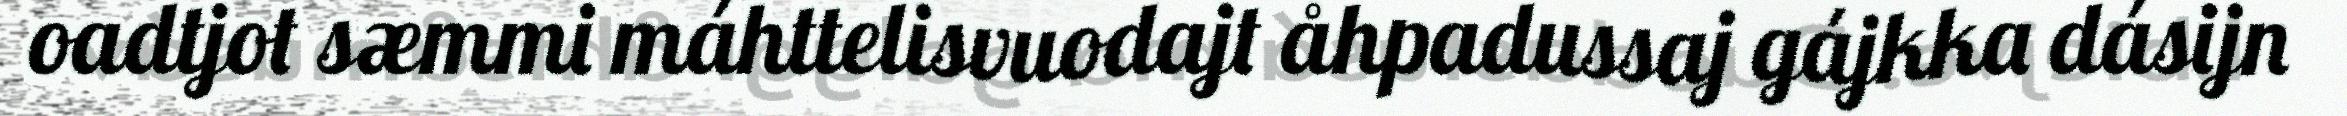
oadtjot sæmmi máhttelisvuodajt åhpadussaj gájkka dásijn